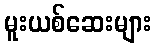
မူးယစ်ဆေးများ